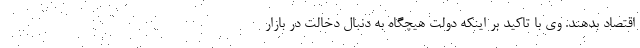
اقتصاد بدهند. وی با تاکید بر اینکه دولت هیچگاه به دنبال دخالت در بازار